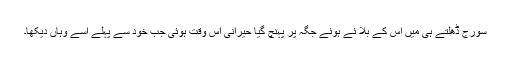
سورج ڈھلتے ہی میں اس کے بلا ئے ہوئے جگہ پر پہنچ گیا حیرانی اس وقت ہوئی جب خود سے پہلے اسے وہاں دیکھا۔